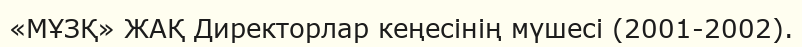
«МҰЗҚ» ЖАҚ Директорлар кеңесінің мүшесі (2001-2002).